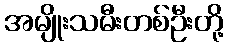
အမျိုးသမီးတစ်ဦးတို့